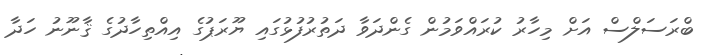
ބްރަސަލްސް އަށް މިހާރު ކުރައްވަމުން ގެންދަވާ ދަތުރުފުޅުގައި ޔޫރަޕުގެ އިއްތިހާދުގެ ޤާނޫނު ހަދާ